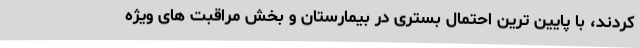
کردند، با پایین ترین احتمال بستری در بیمارستان و بخش مراقبت های ویژه